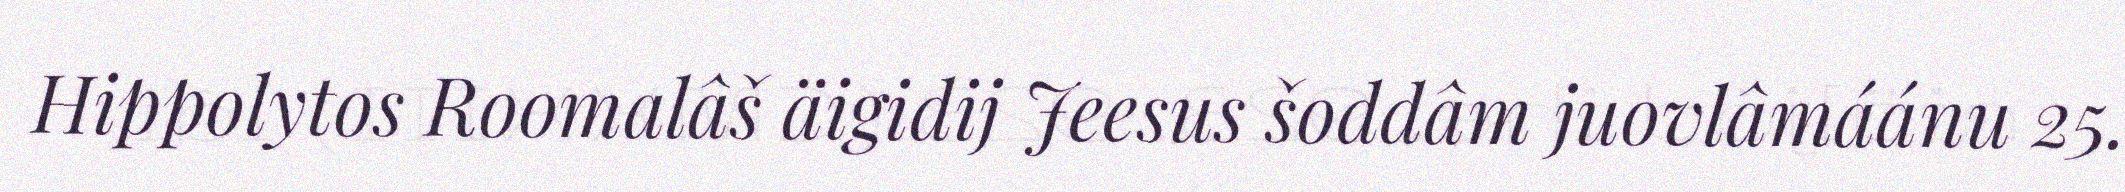
Hippolytos Roomalâš äigidij Jeesus šoddâm juovlâmáánu 25.